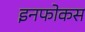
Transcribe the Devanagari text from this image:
इनफोकस